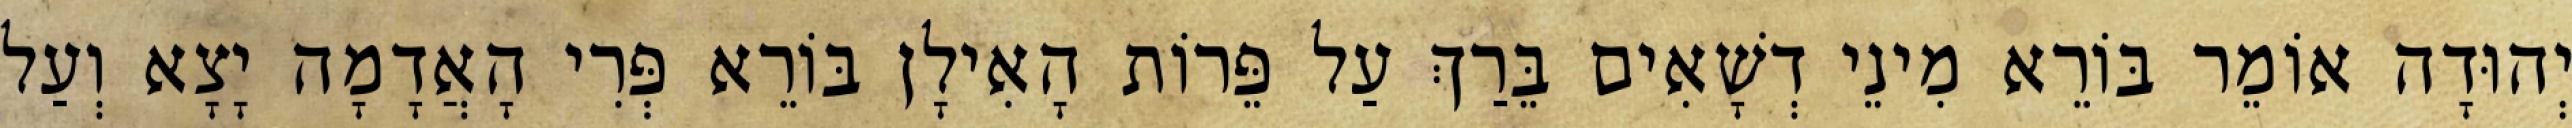
יְהוּדָה אוֹמֵר בּוֹרֵא מִינֵי דְשָׁאִים בֵּרַךְ עַל פֵּרוֹת הָאִילָן בּוֹרֵא פְּרִי הָאֲדָמָה יָצָא וְעַל